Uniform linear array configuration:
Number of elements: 24
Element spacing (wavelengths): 0.75
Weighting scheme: hamming
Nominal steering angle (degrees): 60
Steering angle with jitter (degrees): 58.508
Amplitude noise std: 0.05
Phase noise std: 0.05

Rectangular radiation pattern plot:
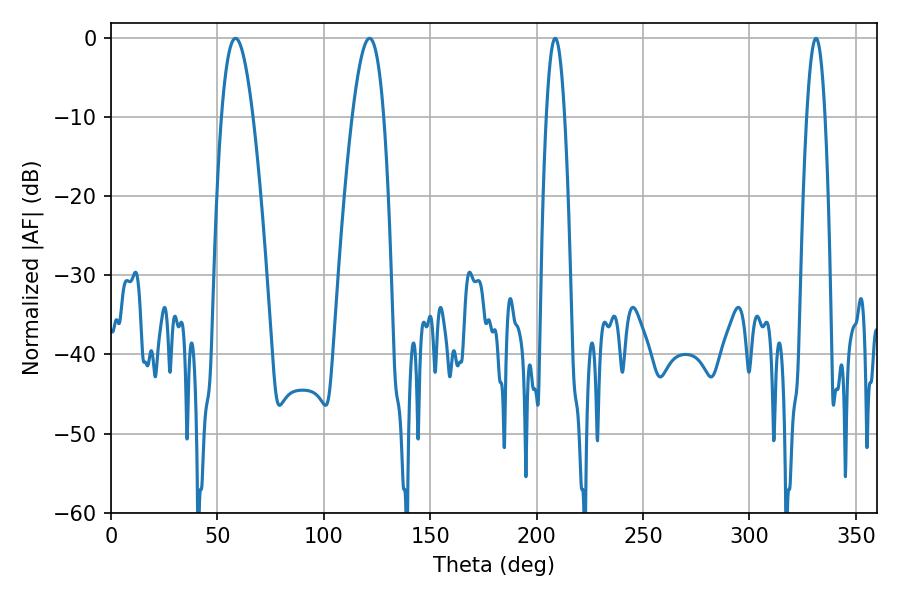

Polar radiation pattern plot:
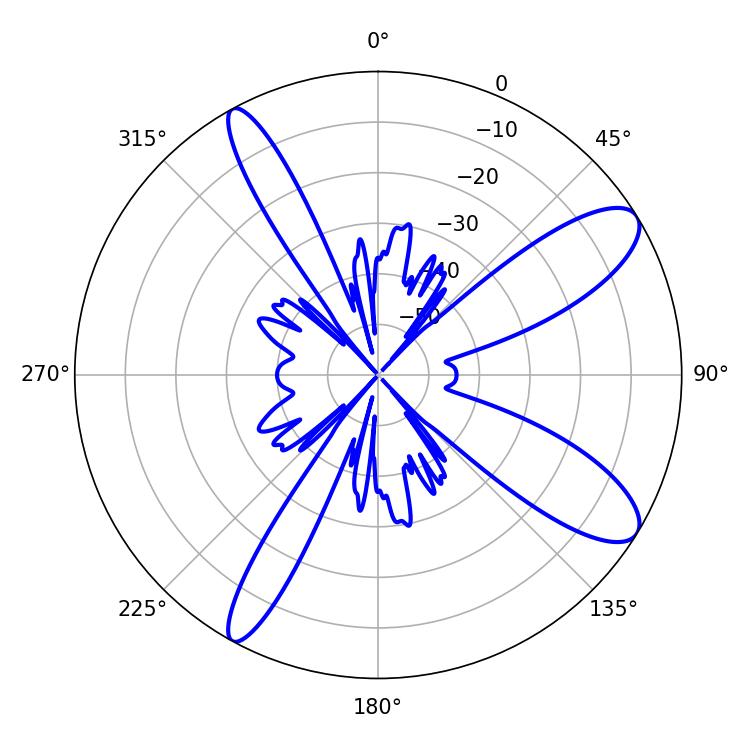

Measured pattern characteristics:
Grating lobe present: TRUE
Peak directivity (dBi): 10.583
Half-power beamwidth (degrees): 8.1
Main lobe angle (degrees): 58.5